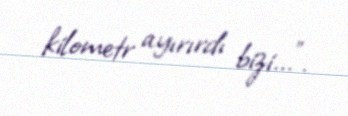
kilometr ayırırdı bizi...”.